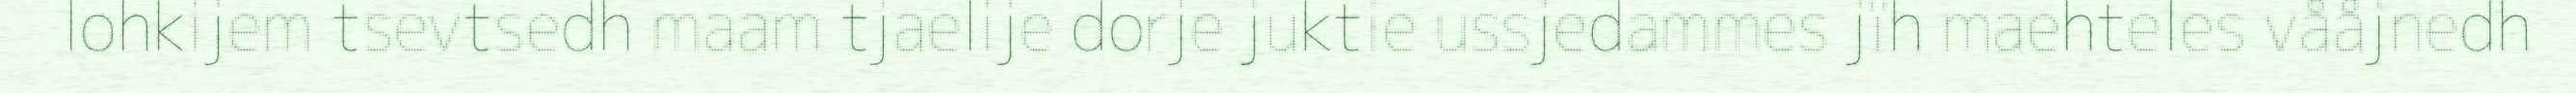
lohkijem tsevtsedh maam tjaelije dorje juktie ussjedammes jïh maehteles vååjnedh